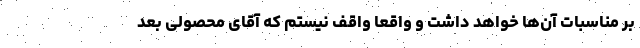
بر مناسبات آن‌ها خواهد داشت و واقعا واقف نیستم که آقای محصولی بعد